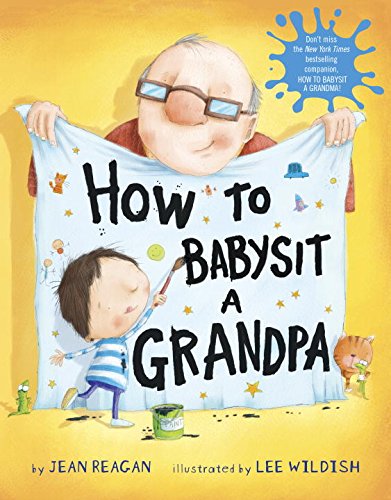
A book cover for How to Babysit a Grandpa; Jean Reagan; Children's Books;